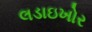
લડાઇખોર